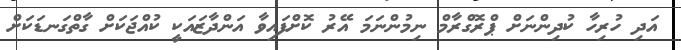
އަދި ހުރިހާ ކުދިންނަށް ޕްރޮގްރާމް ނިމުންނަމަ އޭރު ކޮށްފައިވާ އަންދާޒައަކީ ކުއްޖަކަށް ގާތްގަނޑަކަށް